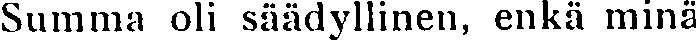
Summa oli säädyllinen, enkä minä